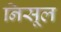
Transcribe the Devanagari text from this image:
निसूल